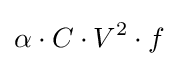
\alpha \cdot C\cdot V^{2}\cdot f